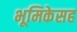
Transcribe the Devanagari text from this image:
भूमिकेसह